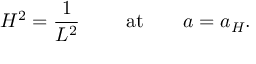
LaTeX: H ^ { 2 } = { \frac { 1 } { L ^ { 2 } } } \ \ \ \ \ \ \ \mathrm { a t } \ \ \ \ \ \ a = a _ { H } .